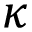
\kappa